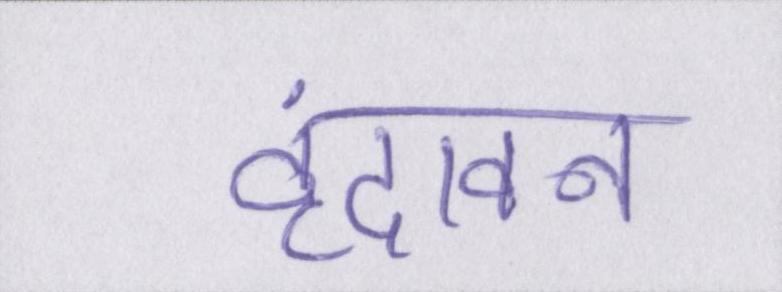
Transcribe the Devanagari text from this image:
वृंदावन